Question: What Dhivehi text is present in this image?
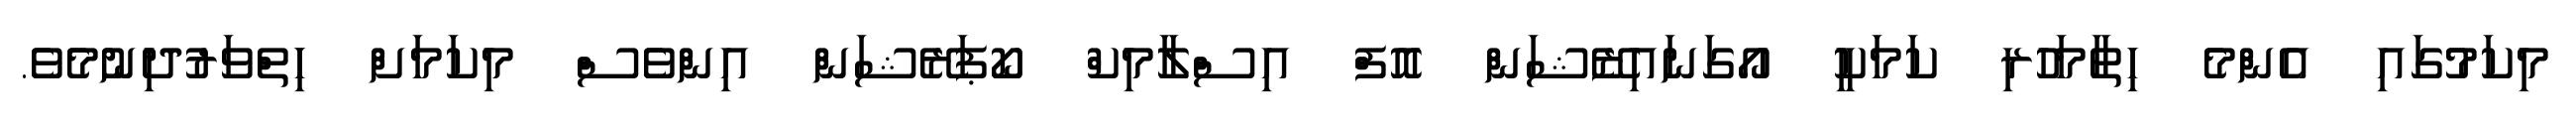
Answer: މިކަމުގައި އެންމެ ހިތާމަހުރި ކަމަކީ އޯގަނައިޒޭޝަން އޮފް އިސްލާމިކް ކޯޕަރޭޝަން އިންވެސް މިކަމަށް ހިތްވަރުދިނުމެވެ.